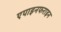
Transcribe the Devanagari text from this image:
एपाइनफराइन